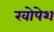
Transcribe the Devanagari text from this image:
खोपेश